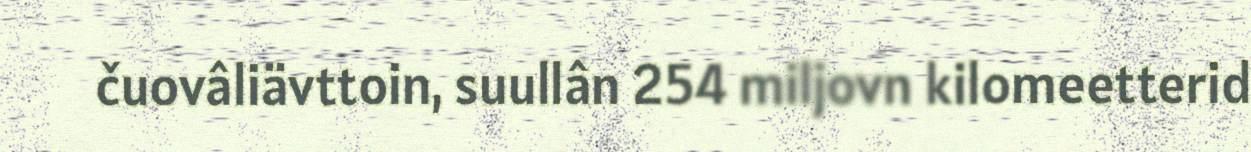
čuovâliävttoin, suullân 254 miljovn kilomeetterid